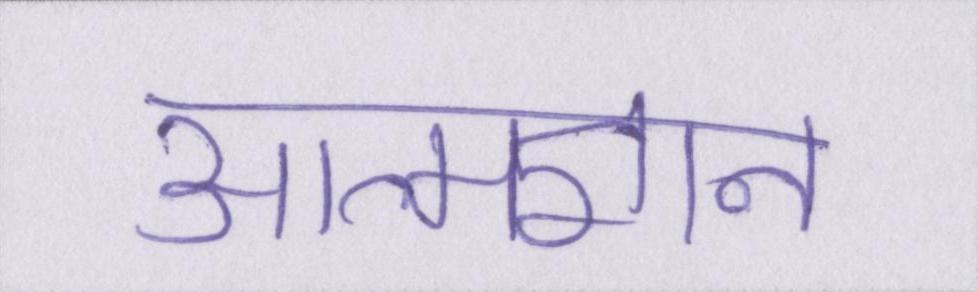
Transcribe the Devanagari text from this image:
आत्मज्ञान